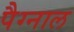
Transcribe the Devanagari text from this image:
पैग्नाल